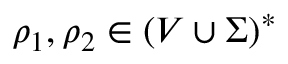
\rho _ { 1 } , \rho _ { 2 } \in ( V \cup \Sigma ) ^ { * }